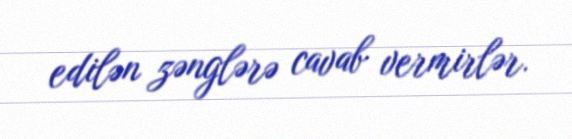
edilən zənglərə cavab vermirlər.